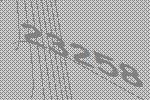
23258